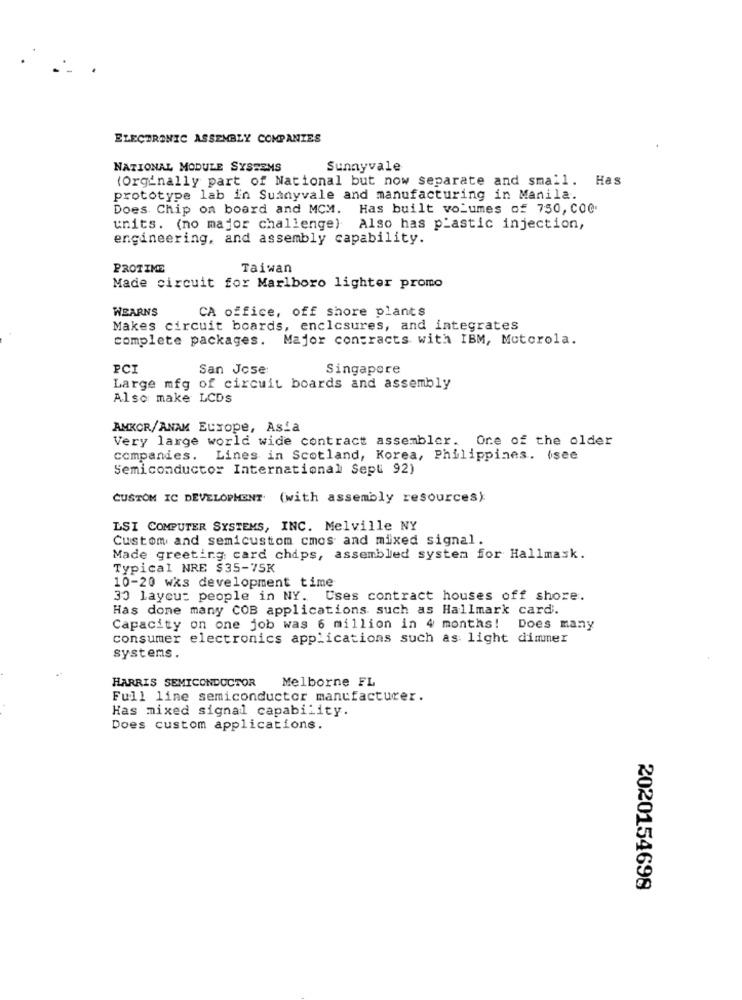
ELECTRONIC ASSEMBLY COMPANIES
NATIONAL MODULE SYSTEMS
Sunnyvale
(Orginally part of National but now separate and small. Has
prototype lab in Sunnyvale and manufacturing in Manila.
Does Chip on board and MCM. Has built volumes of 750, 000.
units. (no major challenge) Also has plastic injection,
engineering, and assembly capability.
PROTIME
Taiwan
Made circuit for Marlboro lighter promo
WEARNS
CA office, off shore plants
Makes circuit boards, enclosures, and integrates
complete packages.
Major contracts with IBM, Motorola.
PCI
San Jose:
Singapore
Large mfg of circuit boards and assembly
Also make LCDS
AMKOR/ANAM Europe, Asia
Very large world wide contract assembler. One of the older
companies. Lines in Scotland, Korea, Philippines. (see
Semiconductor International Sepl 92)
CUSTOM IC DEVELOPMENT (with assembly resources):
LSI COMPUTER SYSTEMS, INC. Melville NY
Custom and semicustom cmos and mixed signal.
Made greeting card chips, assembled system for Hallmask.
Typical NRE $35-75K
10-20 wks development time
30 laycu: people in NY. Uses contract houses off shore.
Has done many COB applications such as Hallmark card.
Capacity on one job was 6 million in 4 months! Does many
consumer electronics applications such as light dimmer
systems .
HARRIS SEMICONDUCTOR
Melborne FL
Full line semiconductor manufacturer.
Has mixed signal capability.
Does custom applications.
2020154698